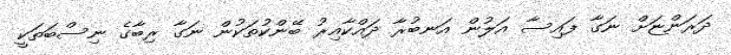
ދަރަންޏަށް ނަގާ ފައިސާ އަލުން އަނބުރާ ދައްކާއިރު ބޭންކުތަކުން ނަގާ ރިބާގެ ނިސްބަތަކީ